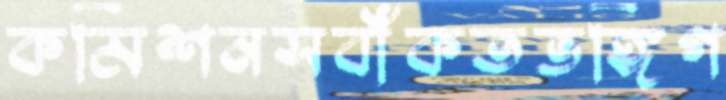
কমিশনসবাঁকতভঙ্গিগ